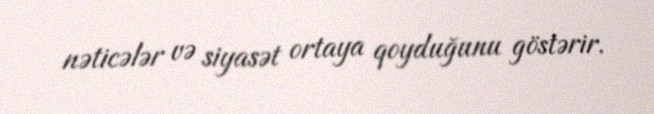
nəticələr və siyasət ortaya qoyduğunu göstərir.